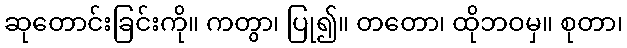
ဆုတောင်းခြင်းကို။ ကတွာ၊ ပြု၍။ တတော၊ ထိုဘဝမှ။ စုတာ၊